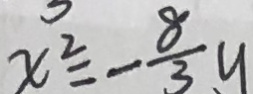
x ^ { 2 } = - \frac { 8 } { 3 } y